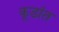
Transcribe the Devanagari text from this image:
कूडांत